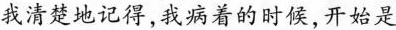
我清楚地记得，我病着的时候，开始是